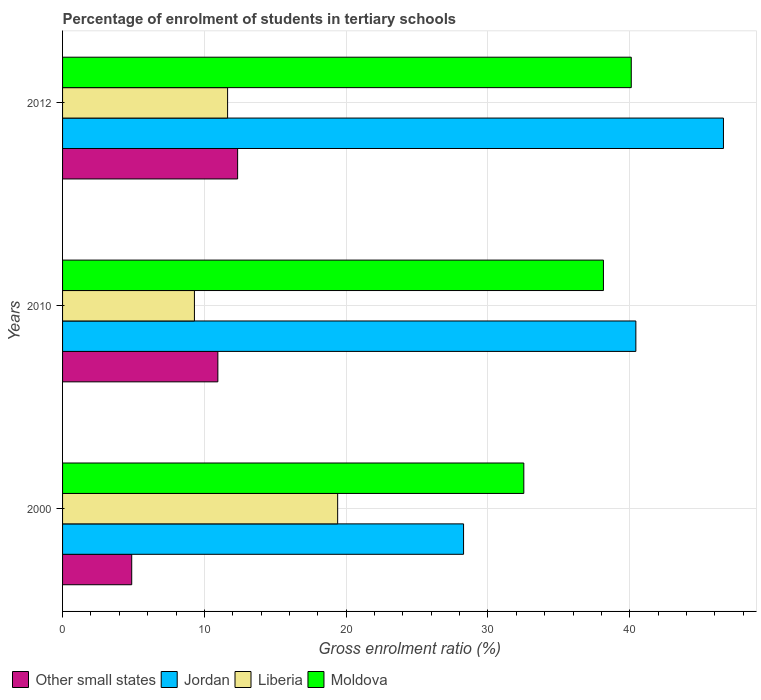
| Years | Other small states | Jordan | Liberia | Moldova |
 | --- | --- | --- | --- | --- |
 | 2000 | 4.88 | 28.3 | 19.4 | 32.5 |
 | 2010 | 11 | 40.4 | 9.3 | 38.1 |
 | 2012 | 12.3 | 46.6 | 11.6 | 40.1 |